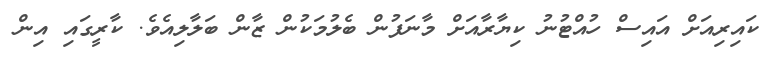
ކައިރިއަށް އައިސް ހުއްޓުނު ކިޔާރާއަށް މާނަފުން ބެލުމަކުން ޒާން ބަލާލިއެވެ. ކާރީގައި އިން